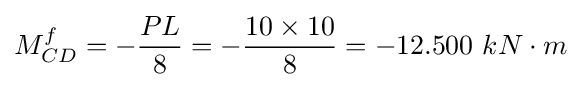
M_{CD}^{f}=-{\frac {PL}{8}}=-{\frac {10\times 10}{8}}=-12.500\ kN\cdot m